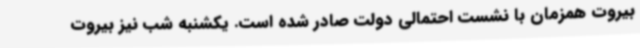
بیروت همزمان با نشست احتمالی دولت صادر شده است. یکشنبه شب نیز بیروت